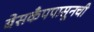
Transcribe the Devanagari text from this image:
बेसकँपपासूनची